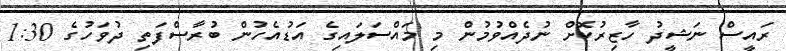
ރައީސް ނަޝީދު ހާޒިރުކޮށް ނުދެއްވުމުން މި މައްސަލައިގެ އަޑުއެހުން ބުރާސްފަތި ދުވަހުގެ 1:30